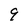
Character: 9